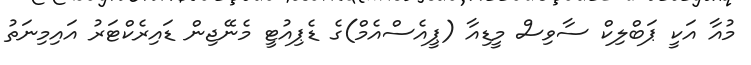
މުއާ އަކީ ޕަބްލިކް ސާވިސް މީޑިއާ (ޕީއެސްއެމް)ގެ ޑެޕިއުޓީ މެނޭޖިން ޑައިރެކްޓަރު އައިމިނަތު